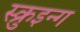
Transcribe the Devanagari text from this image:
स्क्रुइन्ग